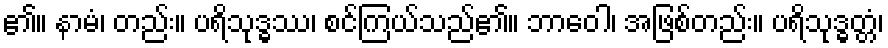
၏။ နာမံ၊ တည်း။ ပရိသုဒ္ဓဿ၊ စင်ကြယ်သည်၏။ ဘာဝေါ၊ အဖြစ်တည်း။ ပရိသုဒ္ဓတ္တံ၊